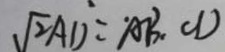
\sqrt { 2 } A D = A B \cdot C D